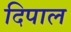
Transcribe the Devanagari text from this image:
दिपाल